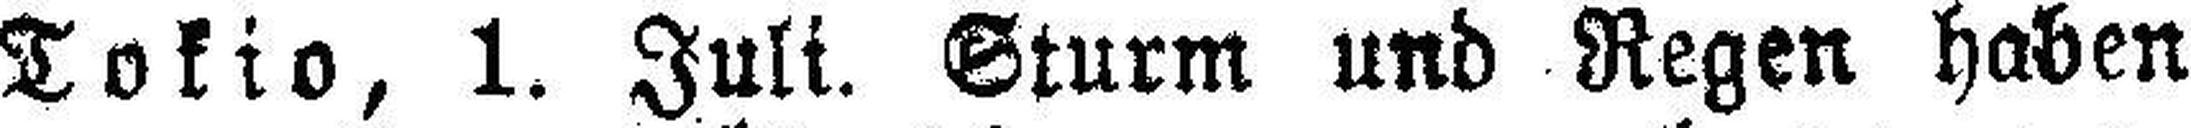
Tokio, 1. Juli. Sturm und Regen haben